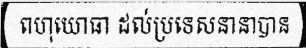
ពហុយោធា ដល់ប្រទេសនានាបាន